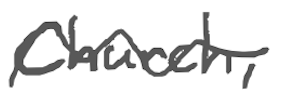
Text: Church,
Cross-out: wave
Writing tool: digital_gray